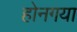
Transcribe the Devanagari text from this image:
होनगया